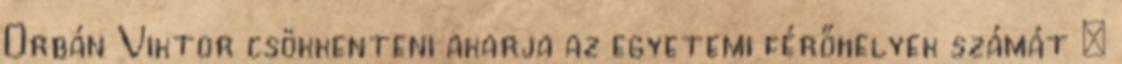
Orbán Viktor csökkenteni akarja az egyetemi férőhelyek számát »